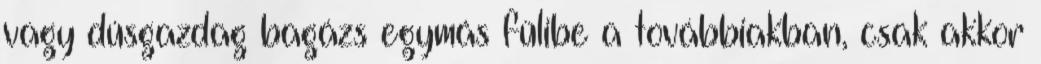
vagy dúsgazdag bagázs egymás fülibe a továbbiakban, csak akkor